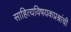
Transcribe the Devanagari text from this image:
साहित्यविषयकप्रश्नांची